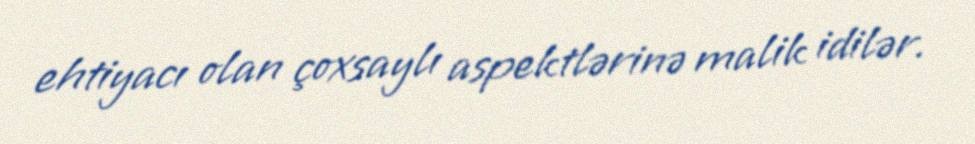
ehtiyacı olan çoxsaylı aspektlərinə malik idilər.